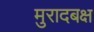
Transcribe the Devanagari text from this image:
मुरादबक्ष